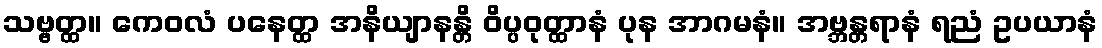
သဗ္ဗတ္ထ။ ကေဝလံ ပနေတ္ထ အနိယျာနန္တိ ဝိပ္ပဝုတ္ထာနံ ပုန အာဂမနံ။ အဗ္ဘန္တရာနံ ရညံ ဥပယာနံ